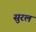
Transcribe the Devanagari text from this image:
सुरलं